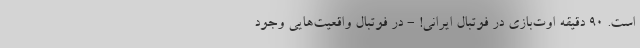
است. 90 دقیقه اوت‌بازی در فوتبال ایرانی! - در فوتبال واقعیت‌هایی وجود